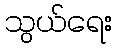
သွယ်ရေး